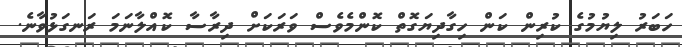
ހަބަރު ލިޔުމުގެ ކުރިން ކަން ހިގާދިޔަގޮތް ކޮންމެވެސް ވަރަކަށް ދިރާސާ ކޮއްލާނަމަ ރަނގަޅުވާނެ.